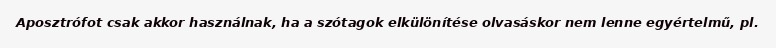
Aposztrófot csak akkor használnak, ha a szótagok elkülönítése olvasáskor nem lenne egyértelmű, pl.